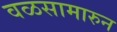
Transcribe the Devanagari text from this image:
वळसामारुन